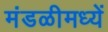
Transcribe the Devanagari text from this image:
मंडळीमध्यें